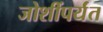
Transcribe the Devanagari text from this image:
जोशींपर्यंत